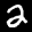
Digit: 2